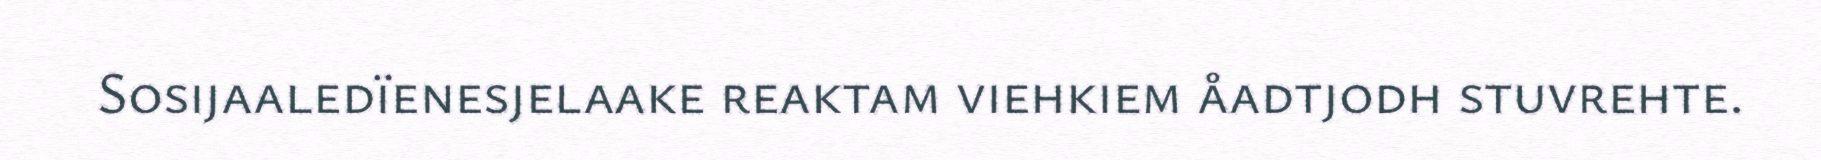
Sosijaaledïenesjelaake reaktam viehkiem åadtjodh stuvrehte.